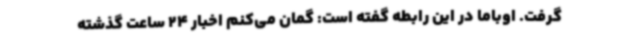
گرفت. اوباما در این رابطه گفته است: گمان می‌کنم اخبار 24 ساعت گذشته